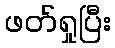
ဖတ်ရှုပြီး